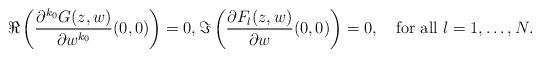
LaTeX: \begin{align*}\Re \left(\frac{\partial^{k_{0}} G(z,w)}{\partial w^{k_{0}}}(0,0)\right)=0,\Im \left(\frac{\partial F_{l}(z,w)}{\partial w }(0,0)\right)=0,\quad\mbox{for all $l=1,\dots,N$.} \end{align*}